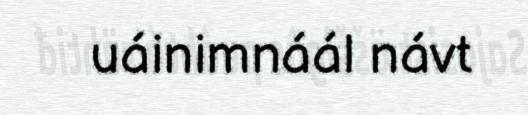
uáinimnáál návt